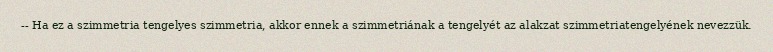
-- Ha ez a szimmetria tengelyes szimmetria, akkor ennek a szimmetriának a tengelyét az alakzat szimmetriatengelyének nevezzük.